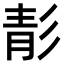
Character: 𩇕